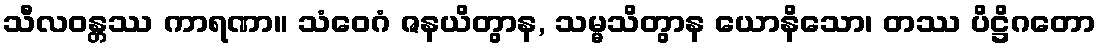
သီလဝန္တဿ ကာရဏာ။ သံဝေဂံ ဇနယိတွာန, သမ္မသိတွာန ယောနိသော၊ တဿ ပိဋ္ဌိဂတော